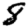
Digit: 8